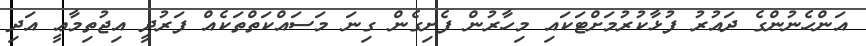
އަންހެނުންގެ ދައުރު ފުޅާކުރުމަށްޓަކައި މިހާރުން ފެށިގެން ގިނަ މަސައްކަތްތަކެއް ފަރުދީ އިޖުތިމާޢީ އަދި